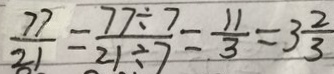
\frac { 7 7 } { 2 1 } = \frac { 7 7 \div 7 } { 2 1 \div 7 } = \frac { 1 1 } { 3 } = 3 \frac { 2 } { 3 }